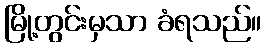
မြို့တွင်းမှသာ ခံရသည်။